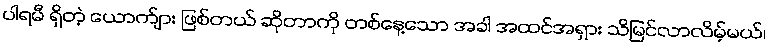
ပါရမီ ရှိတဲ့ ယောက်ျား ဖြစ်တယ် ဆိုတာကို တစ်နေ့သော အခါ အထင်အရှား သိမြင်လာလိမ့်မယ်၊